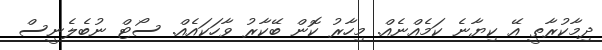
ދިމާކުރާތީ އޭ ކިޔާނެ ކަމެއްނެއް. މިހާރު ކޮން ބޭކާރު ވާހަކައެއް. ސޯޓް ނުބެލެނީސް